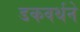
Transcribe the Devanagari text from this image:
डकवर्थने